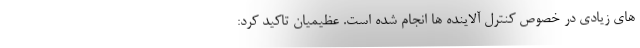
های زیادی در خصوص کنترل آلاینده ها انجام شده است. عظیمیان تاکید کرد: